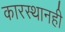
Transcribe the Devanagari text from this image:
कारस्थानही